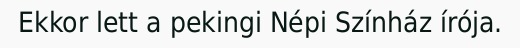
Ekkor lett a pekingi Népi Színház írója.